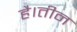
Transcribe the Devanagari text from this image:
है।तीन